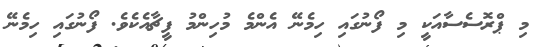
މި ޕްރޮސެސާއަކީ މި ފޯނުގައި ހިމެނޭ އެންމެ މުހިންމު ފީޗާއެކެވެ. ފޯނުގައި ހިމެނޭ